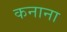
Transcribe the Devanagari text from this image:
कनाना